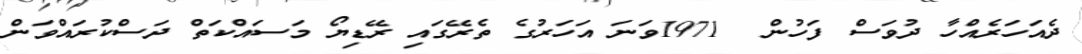
ދެއަހަރެއްހާ ދުވަސް ފަހުން  1971ވަނަ އަހަރުގެ ތެރޭގައި ރޭޑިޔޯ މަސައްކަތް ދަސްކުރައްވަން